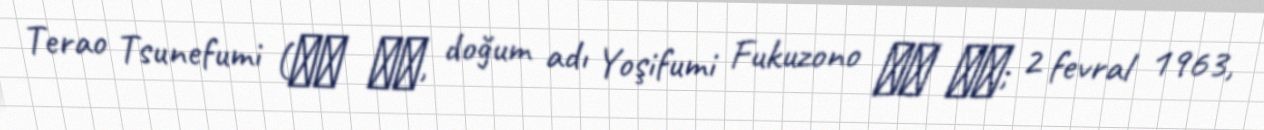
Terao Tsunefumi (寺尾 常史, doğum adı Yoşifumi Fukuzono 福薗 好文; 2 fevral 1963,